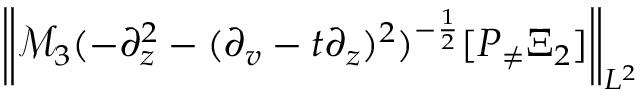
\left\| \mathcal { M } _ { 3 } ( - \partial _ { z } ^ { 2 } - ( \partial _ { v } - t \partial _ { z } ) ^ { 2 } ) ^ { - \frac 1 2 } [ P _ { \neq } \Xi _ { 2 } ] \right\| _ { L ^ { 2 } }